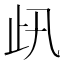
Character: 𣥇